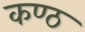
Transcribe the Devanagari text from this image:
कण्‍ठ